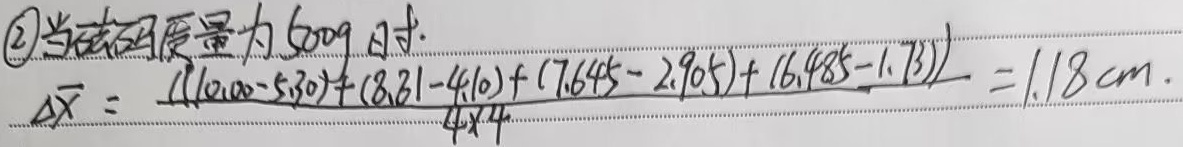
\textcircled{2} 当砝码质量为 600g 时。
\(\Delta\overline{x}=\frac{((10.00 - 5.30)+(8.31 - 4.10)+(7.645 - 2.905)+(6.485 - 1.73))}{4\times4}=1.18\mathrm{cm}\)